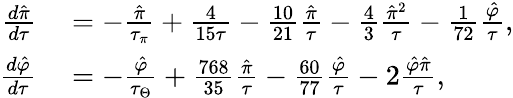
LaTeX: \begin{array}{rl}{\frac{d\hat{\pi}}{d\tau}}&{{}=-\frac{\hat{\pi}}{\tau_{\pi}}+\frac{4}{15\tau}-\frac{10}{21}\frac{\hat{\pi}}{\tau}-\frac{4}{3}\frac{\hat{\pi}^{2}}{\tau}-\frac{1}{72}\frac{\hat{\varphi}}{\tau},}\\ {\frac{d\hat{\varphi}}{d\tau}}&{{}=-\frac{\hat{\varphi}}{\tau_{\Theta}}+\frac{768}{35}\frac{\hat{\pi}}{\tau}-\frac{60}{77}\frac{\hat{\varphi}}{\tau}-2\frac{\hat{\varphi}\hat{\pi}}{\tau},}\end{array}